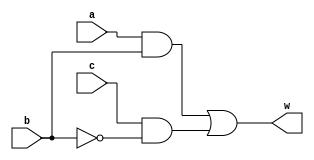
module andor(input a, b, c, output w);
    assign w = a & b | c & ~b;
endmodule